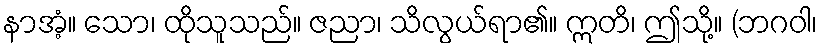
နာအံ့။ သော၊ ထိုသူသည်။ ဇညာ၊ သိလွယ်ရာ၏။ ဣတိ၊ ဤသို့။ (ဘဂဝါ၊